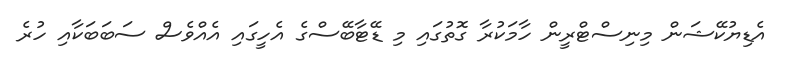
އެޑިޔުކޭޝަން މިނިސްޓްރީން ހާމަކުރާ ގޮތުގައި މި ޑޭޓާބޭސްގެ އެހީގައި އެއްވެސް ސަބަބަކާއި ހުރެ